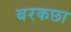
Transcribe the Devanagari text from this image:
बरकछा